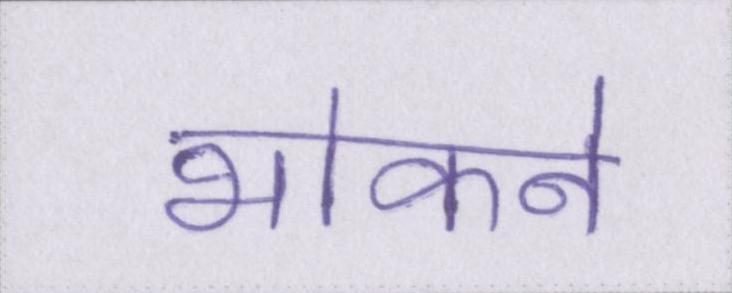
भोकने